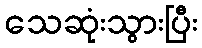
သေဆုံးသွားပြီး